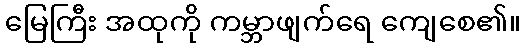
မြေကြီး အထုကို ကမ္ဘာဖျက်ရေ ကျေစေ၏။